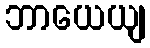
ဘာယေယျ